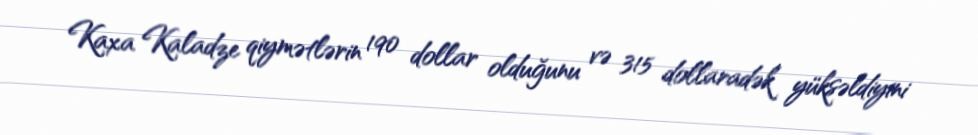
Kaxa Kaladze qiymətlərin 190 dollar olduğunu və 315 dollaradək yüksəldiyini